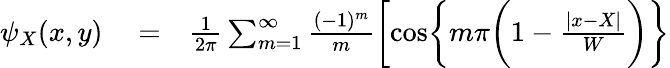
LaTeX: \begin{array}{rlr}{\psi_{X}(x,y)}&{{}=}&{\frac{1}{2\pi}\sum_{m=1}^{\infty}\frac{(-1)^{m}}{m}\biggl[\cos\biggl\{ m\pi\biggl(1-\frac{|x-X|}{W}\biggr)\biggr\} }\end{array}